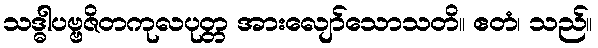
သဒ္ဓါပဗ္ဗဇိတကုလပုတ္တ အားလျော်သောသတိ။ ဧတံ၊ သည်။